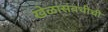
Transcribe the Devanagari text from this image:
खेळांसंबधीची